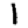
Digit: 1